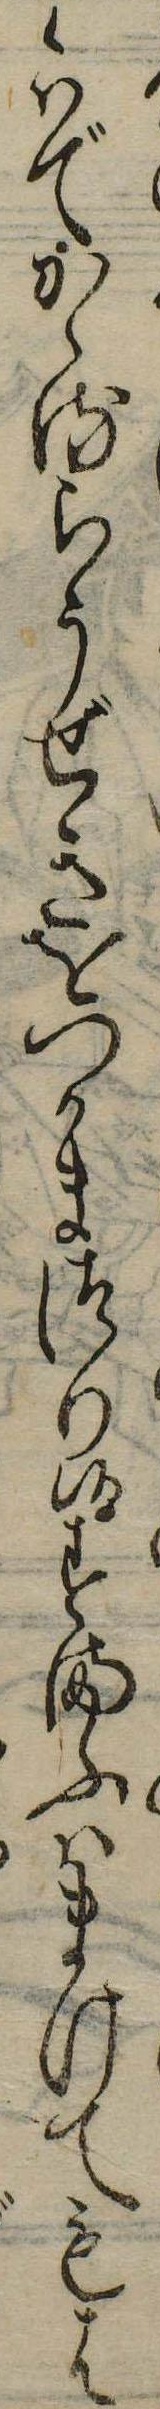
候はでかゝるらうぜきをつかまつり候すまふはまけてもは